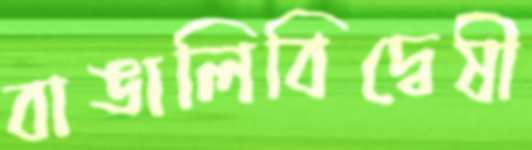
বাঙালিবিদ্বেষী